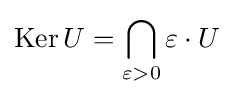
\operatorname {Ker} U=\bigcap _{\varepsilon >0}\varepsilon \cdot U